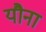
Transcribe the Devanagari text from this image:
यौना